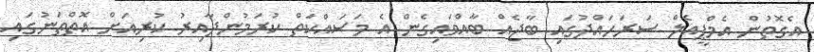
އެގޮތުން އެމްޕީއެލް ސަރަހައްދުގައި ބާޖެއް ބާއްވައިގެން އެ މަސައްކަތް ކުރަމުންދާއިރު ކުރިއަށް އޮތްތަނުގައި